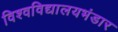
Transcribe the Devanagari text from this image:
विश्वविद्यालयभंडार